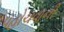
પહોચવાની